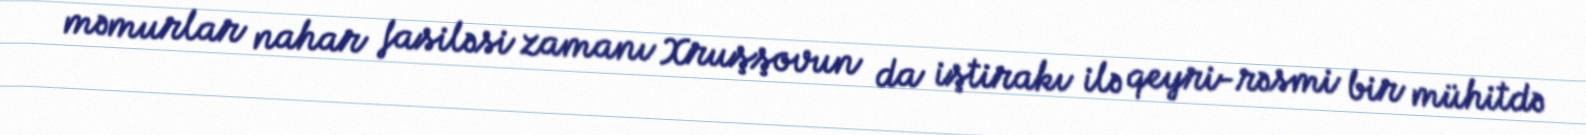
məmurlar nahar fasiləsi zamanı Xruşşovun da iştirakı ilə qeyri-rəsmi bir mühitdə